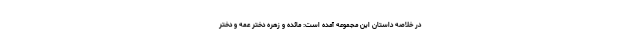
در خلاصه داستان این مجموعه آمده است: مائده و زهره دختر عمه و دختر